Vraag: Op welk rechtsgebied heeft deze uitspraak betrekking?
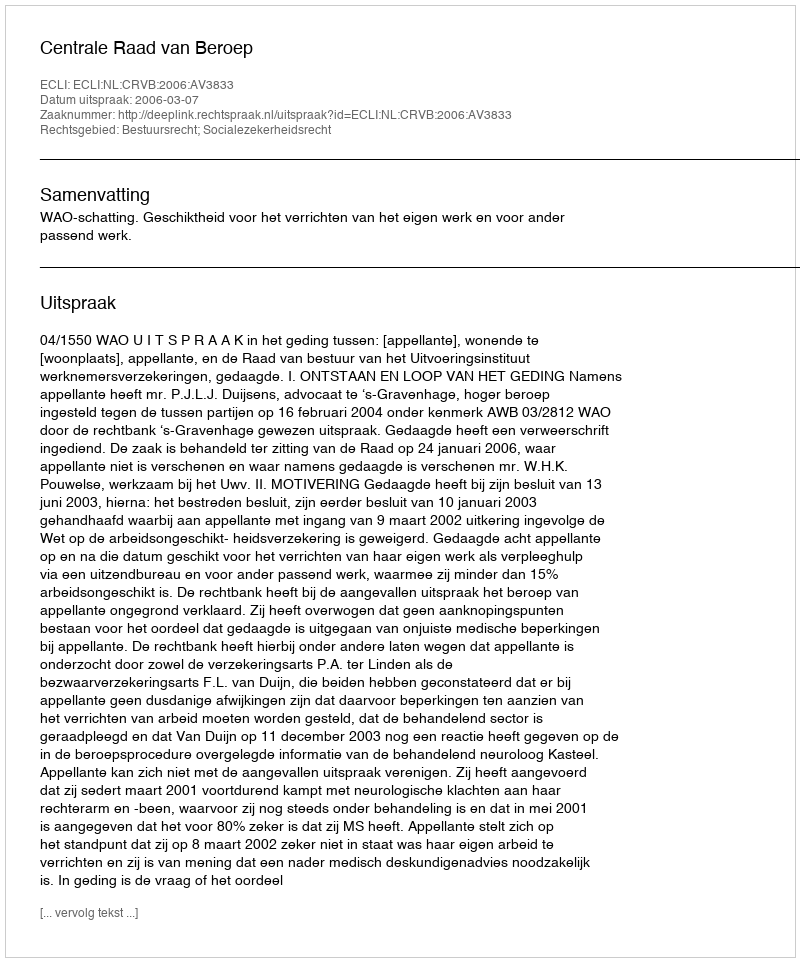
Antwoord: Bestuursrecht; Socialezekerheidsrecht